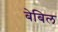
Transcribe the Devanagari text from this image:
बेबिल